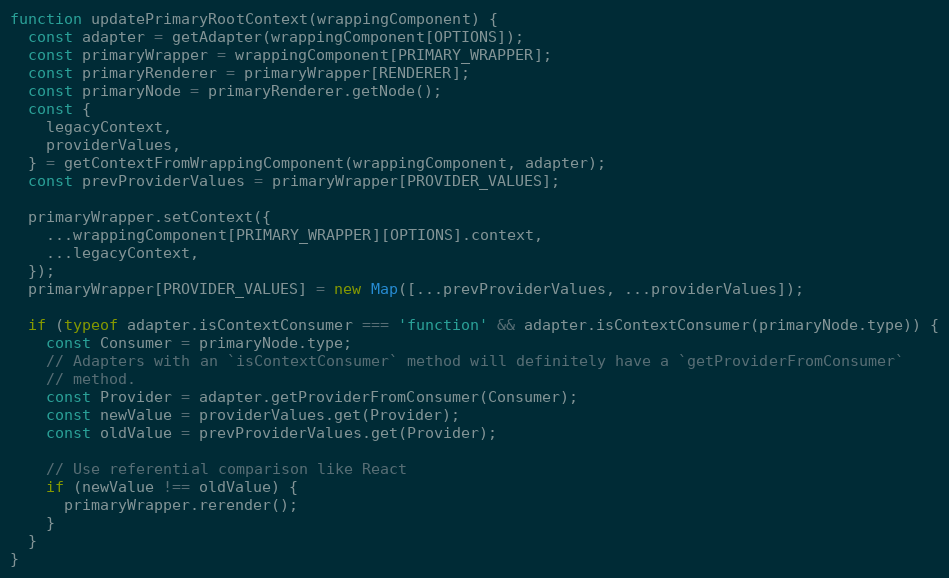
Language: JavaScript
function updatePrimaryRootContext(wrappingComponent) {
  const adapter = getAdapter(wrappingComponent[OPTIONS]);
  const primaryWrapper = wrappingComponent[PRIMARY_WRAPPER];
  const primaryRenderer = primaryWrapper[RENDERER];
  const primaryNode = primaryRenderer.getNode();
  const {
    legacyContext,
    providerValues,
  } = getContextFromWrappingComponent(wrappingComponent, adapter);
  const prevProviderValues = primaryWrapper[PROVIDER_VALUES];

  primaryWrapper.setContext({
    ...wrappingComponent[PRIMARY_WRAPPER][OPTIONS].context,
    ...legacyContext,
  });
  primaryWrapper[PROVIDER_VALUES] = new Map([...prevProviderValues, ...providerValues]);

  if (typeof adapter.isContextConsumer === 'function' && adapter.isContextConsumer(primaryNode.type)) {
    const Consumer = primaryNode.type;
    // Adapters with an `isContextConsumer` method will definitely have a `getProviderFromConsumer`
    // method.
    const Provider = adapter.getProviderFromConsumer(Consumer);
    const newValue = providerValues.get(Provider);
    const oldValue = prevProviderValues.get(Provider);

    // Use referential comparison like React
    if (newValue !== oldValue) {
      primaryWrapper.rerender();
    }
  }
}